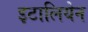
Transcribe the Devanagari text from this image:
इटालियेन